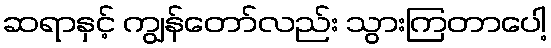
ဆရာနှင့် ကျွန်တော်လည်း သွားကြတာပေါ့